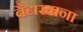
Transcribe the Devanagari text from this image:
वैद्यखाना